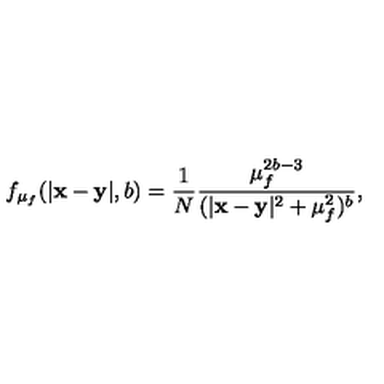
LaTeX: f _ { \mu _ { f } } ( | { \bf x - y } | , b ) = \frac { 1 } { N } \frac { \mu _ { f } ^ { 2 b - 3 } } { ( | { \bf x - y } | ^ { 2 } + \mu _ { f } ^ { 2 } ) ^ { b } } ,